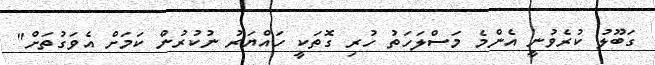
ގަބޫލު ކުރެވުނީ އެންމެ މަސްލަހަތު ހުރި ގޮތަކީ ހައްޔަރު ނުކުރުން ކަމަށް އެވަގުތަށް"